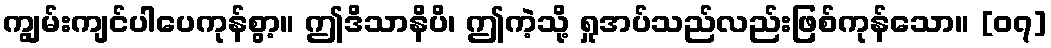
ကျွမ်းကျင်ပါပေကုန်စွာ့။ ဤဒိသာနိပိ၊ ဤကဲ့သို့ ရှုအပ်သည်လည်းဖြစ်ကုန်သော။ [၀၇]